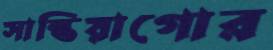
সান্তিয়াগোর